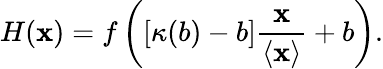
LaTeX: H(\mathbf{x})=f\left([\kappa(b)-b]\frac{{\mathbf{x}}}{{\left\langle{\mathbf{x}}\right\rangle}}+b\right).